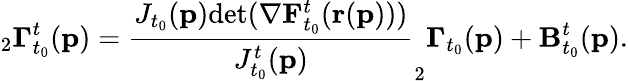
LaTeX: _{2}\mathbf{\Gamma}_{t_{0}}^{t}(\mathbf{p})=\frac{J_{t_{0}}(\mathbf{p})\textup{det}(\mathbf{\nabla}\mathbf{F}_{t_{0}}^{t}(\mathbf{r}(\mathbf{p})))}{J_{t_{0}}^{t}(\mathbf{p})}_{2}\mathbf{\Gamma}_{t_{0}}(\mathbf{p})+\mathbf{B}_{t_{0}}^{t}(\mathbf{p}).